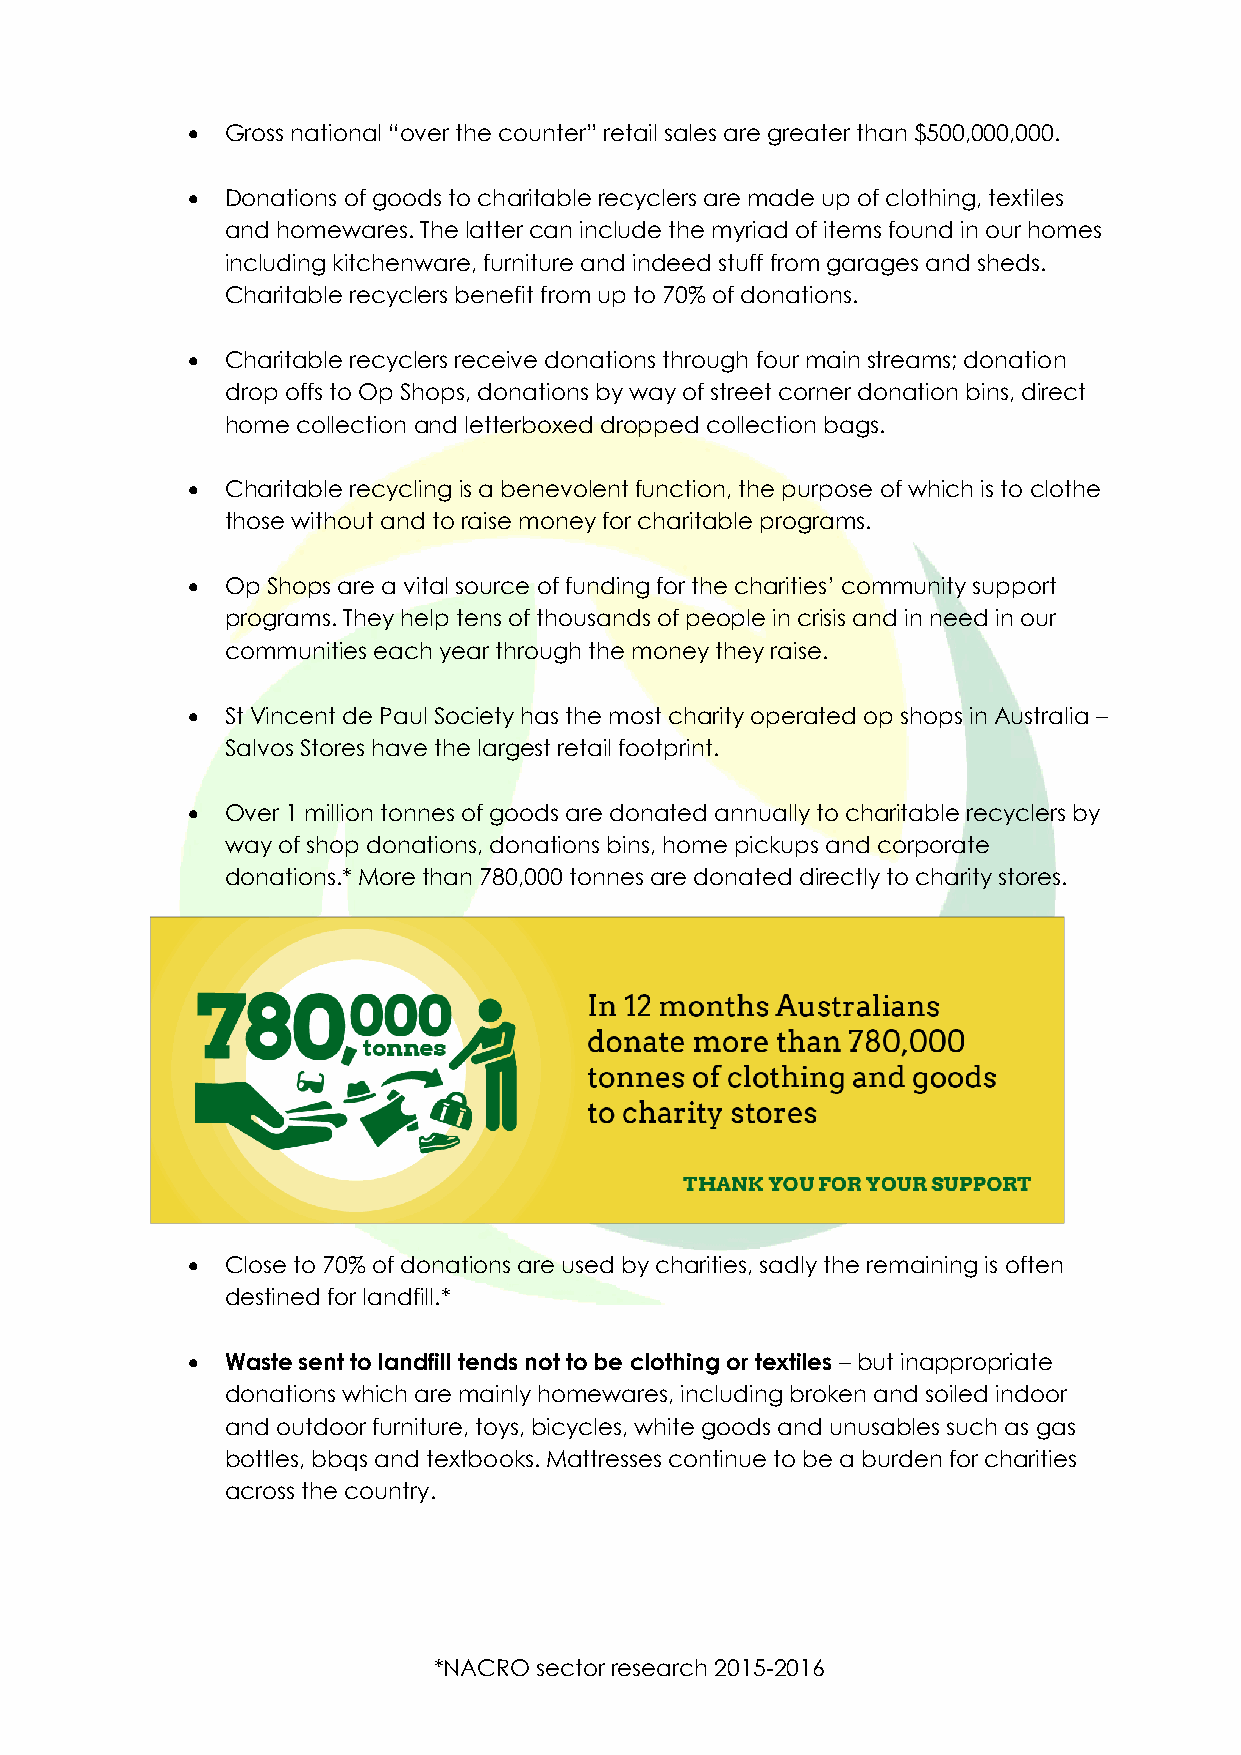
  Gross national “over the counter” retail sales are greater than $500,000,000.
   Donations of goods to charitable recyclers are made up of clothing, textiles
 and homewares. The latter can include the myriad of items found in our homes
 including kitchenware, furniture and indeed stuff from garages and sheds.
 Charitable recyclers benefit from up to 70% of donations.
   Charitable recyclers receive donations through four main streams; donation
 drop offs to Op Shops, donations by way of street corner donation bins, direct
 home collection and letterboxed dropped collection bags.
   Charitable recycling is a benevolent function, the purpose of which is to clothe
 those without and to raise money for charitable programs.
   Op Shops are a vital source of funding for the charities’ community support
 programs. They help tens of thousands of people in crisis and in need in our
 communities each year through the money they raise.
   St Vincent de Paul Society has the most charity operated op shops in Australia –
 Salvos Stores have the largest retail footprint.
   Over 1 million tonnes of goods are donated annually to charitable recyclers by
 way of shop donations, donations bins, home pickups and corporate
 donations.* More than 780,000 tonnes are donated directly to charity stores.
   Close to 70% of donations are used by charities, sadly the remaining is often
 destined for landfill.*
   Waste sent to landfill tends not to be clothing or textiles – but inappropriate
 donations which are mainly homewares, including broken and soiled indoor
 and outdoor furniture, toys, bicycles, white goods and unusables such as gas
 bottles, bbqs and textbooks. Mattresses continue to be a burden for charities
 across the country.
 *NACRO sector research 2015-2016